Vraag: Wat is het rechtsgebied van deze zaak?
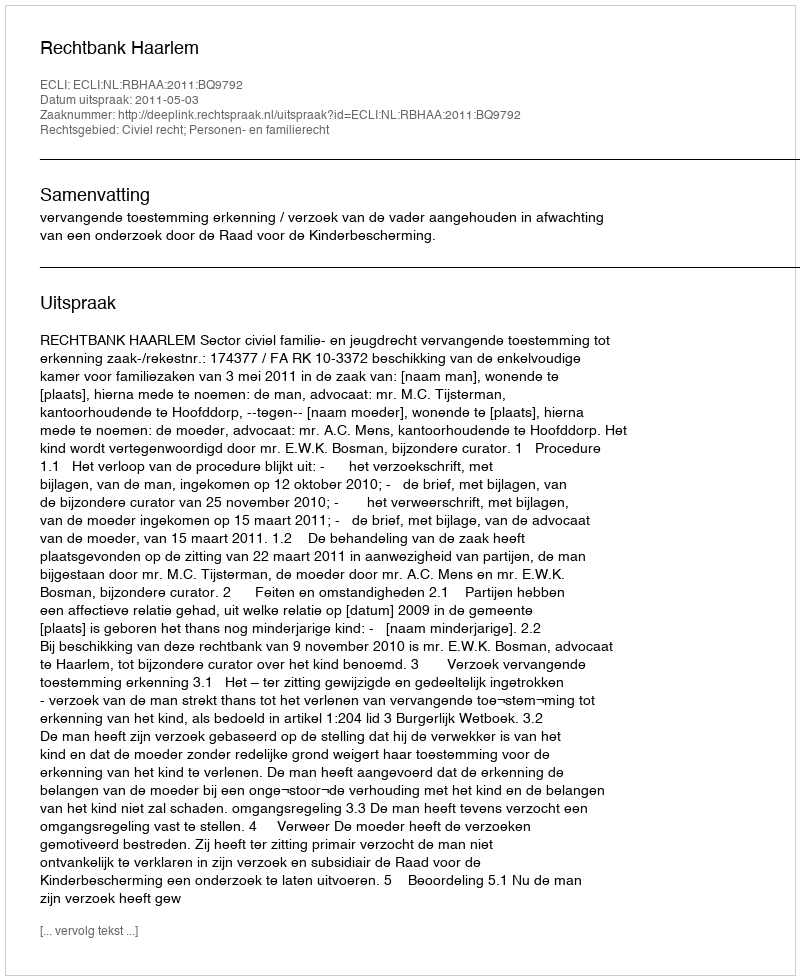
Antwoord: Civiel recht; Personen- en familierecht